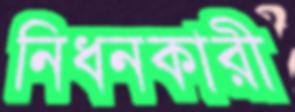
নিধনকারী